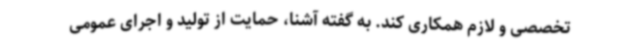
تخصصی و لازم همکاری کند. به گفته آشنا، حمایت از تولید و اجرای عمومی